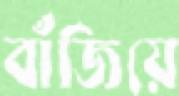
বাঁজিয়ে